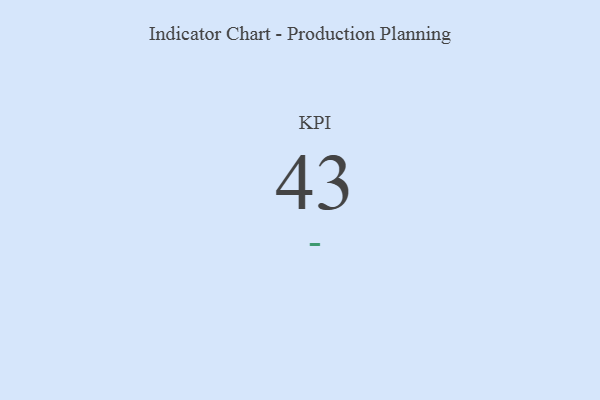
{"axis": {"x": "KPI", "y": "Value"}, "legend": [""], "data": [{"x": "KPI", "y": 43, "type": ""}]}